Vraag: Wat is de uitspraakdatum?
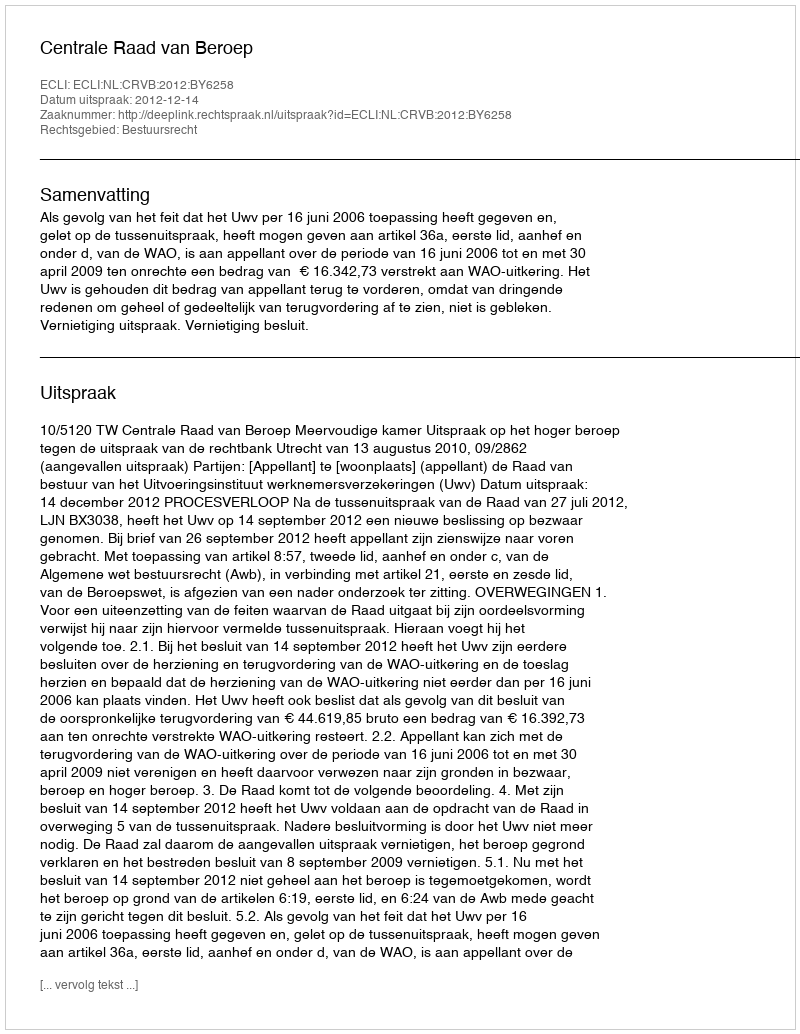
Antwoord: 2012-12-14